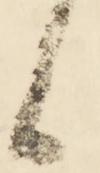
候